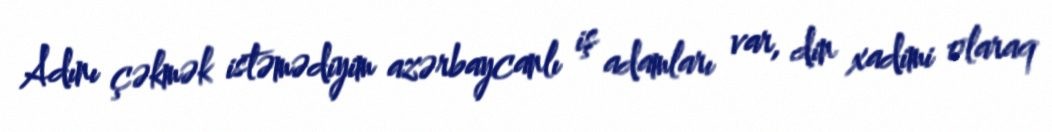
Adını çəkmək istəmədiyim azərbaycanlı iş adamları var, din xadimi olaraq